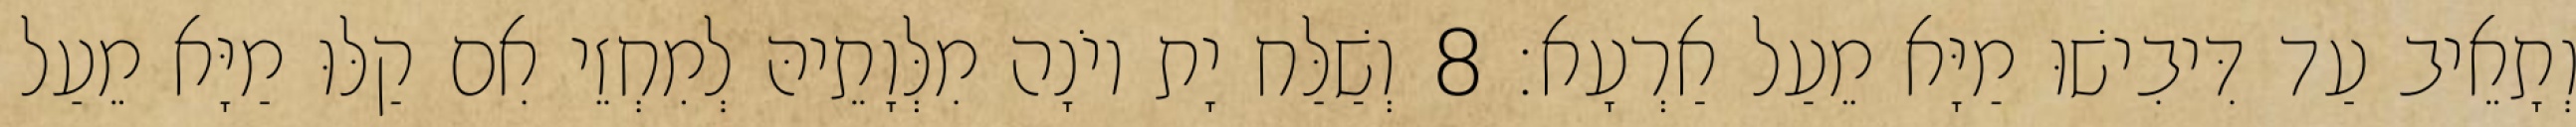
וְתָאֵיב עַד דִּיבִישׁוּ מַיָּא מֵעַל אַרְעָא׃ 8 וְשַׁלַּח יָת יוֹנָה מִלְּוָתֵיהּ לְמִחְזֵי אִם קַלּוּ מַיָּא מֵעַל